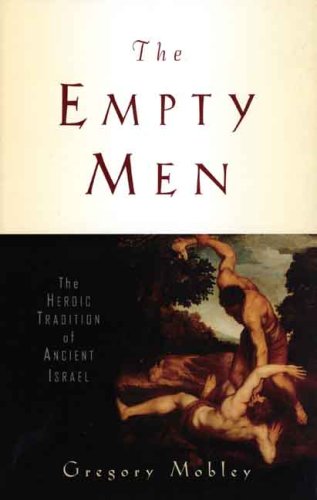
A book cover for The Empty Men: The Heroic Tradition of Ancient Israel (The Anchor Yale Bible Reference Library); Gregory Mobley; Christian Books & Bibles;